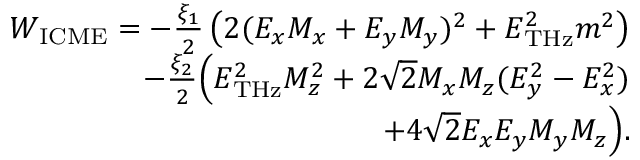
\begin{array} { r } { W _ { \mathrm { I C M E } } = - \frac { \xi _ { 1 } } { 2 } \left( 2 ( E _ { x } M _ { x } + E _ { y } M _ { y } ) ^ { 2 } + E _ { \mathrm { T H z } } ^ { 2 } m ^ { 2 } \right) } \\ { - \frac { \xi _ { 2 } } { 2 } \Big ( E _ { \mathrm { T H z } } ^ { 2 } M _ { z } ^ { 2 } + 2 \sqrt { 2 } M _ { x } M _ { z } ( E _ { y } ^ { 2 } - E _ { x } ^ { 2 } ) } \\ { + 4 \sqrt { 2 } E _ { x } E _ { y } M _ { y } M _ { z } \Big ) . } \end{array}